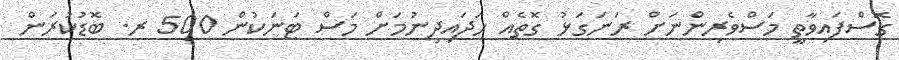
ގޮސްފައިވާތީ މަސްވެރިންނަށް ރަނަގަޅު ގޮތެއް ހަދައިދިނުމަށް މަސް ޓަނަކުން 500 ރ. ބޮޑުކުރަން